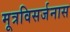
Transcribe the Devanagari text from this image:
मूत्रविसर्जनास